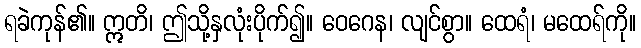
ရခဲကုန်၏။ ဣတိ၊ ဤသို့နှလုံးပိုက်၍။ ဝေဂေန၊ လျင်စွာ။ ထေရံ၊ မထေရ်ကို။